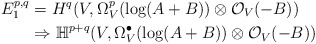
\begin{align*}E^{p, q}_1&=H^q(V, \Omega^p_V(\log (A+B))\otimes \mathcal O_V(-B)) \\ &\Rightarrow \mathbb H^{p+q}(V, \Omega^\bullet _V(\log (A+B))\otimes \mathcal O_V(-B)) \end{align*}